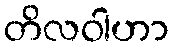
တိလဝါဟာ